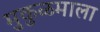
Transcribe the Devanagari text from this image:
मुकुळमाला